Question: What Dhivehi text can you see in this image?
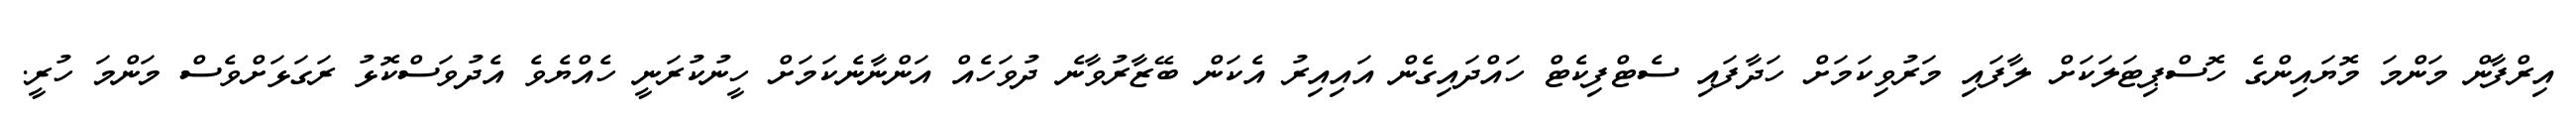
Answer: އިރްފާން މަންމަ މޮޔައިންގެ ހޮސްޕިޓަލަކަށް ލާފައި މަރުވިކަމަށް ހަދާފައި ސެޓްފިކެޓް ހައްދައިގެން އައިއިރު އެކަން ބޭޒާރުވާނެ ދުވަހެއް އަންނާނެކަމަށް ހީނުކުރަނީ ހެއްޔެވެ އެދުވަސްކޮޅު ރަގަޅަށްވެސް މަންމަ ހުރީ.